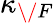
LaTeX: \kappa_{\/ F}